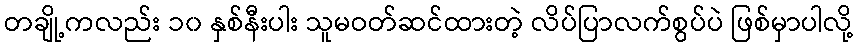
တချို့ကလည်း ၁၀ နှစ်နီးပါး သူမဝတ်ဆင်ထားတဲ့ လိပ်ပြာလက်စွပ်ပဲ ဖြစ်မှာပါလို့